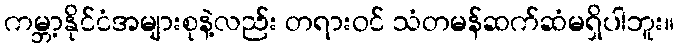
ကမ္ဘာ့နိုင်ငံအများစုနဲ့လည်း တရားဝင် သံတမန်ဆက်ဆံမရှိပါဘူး။